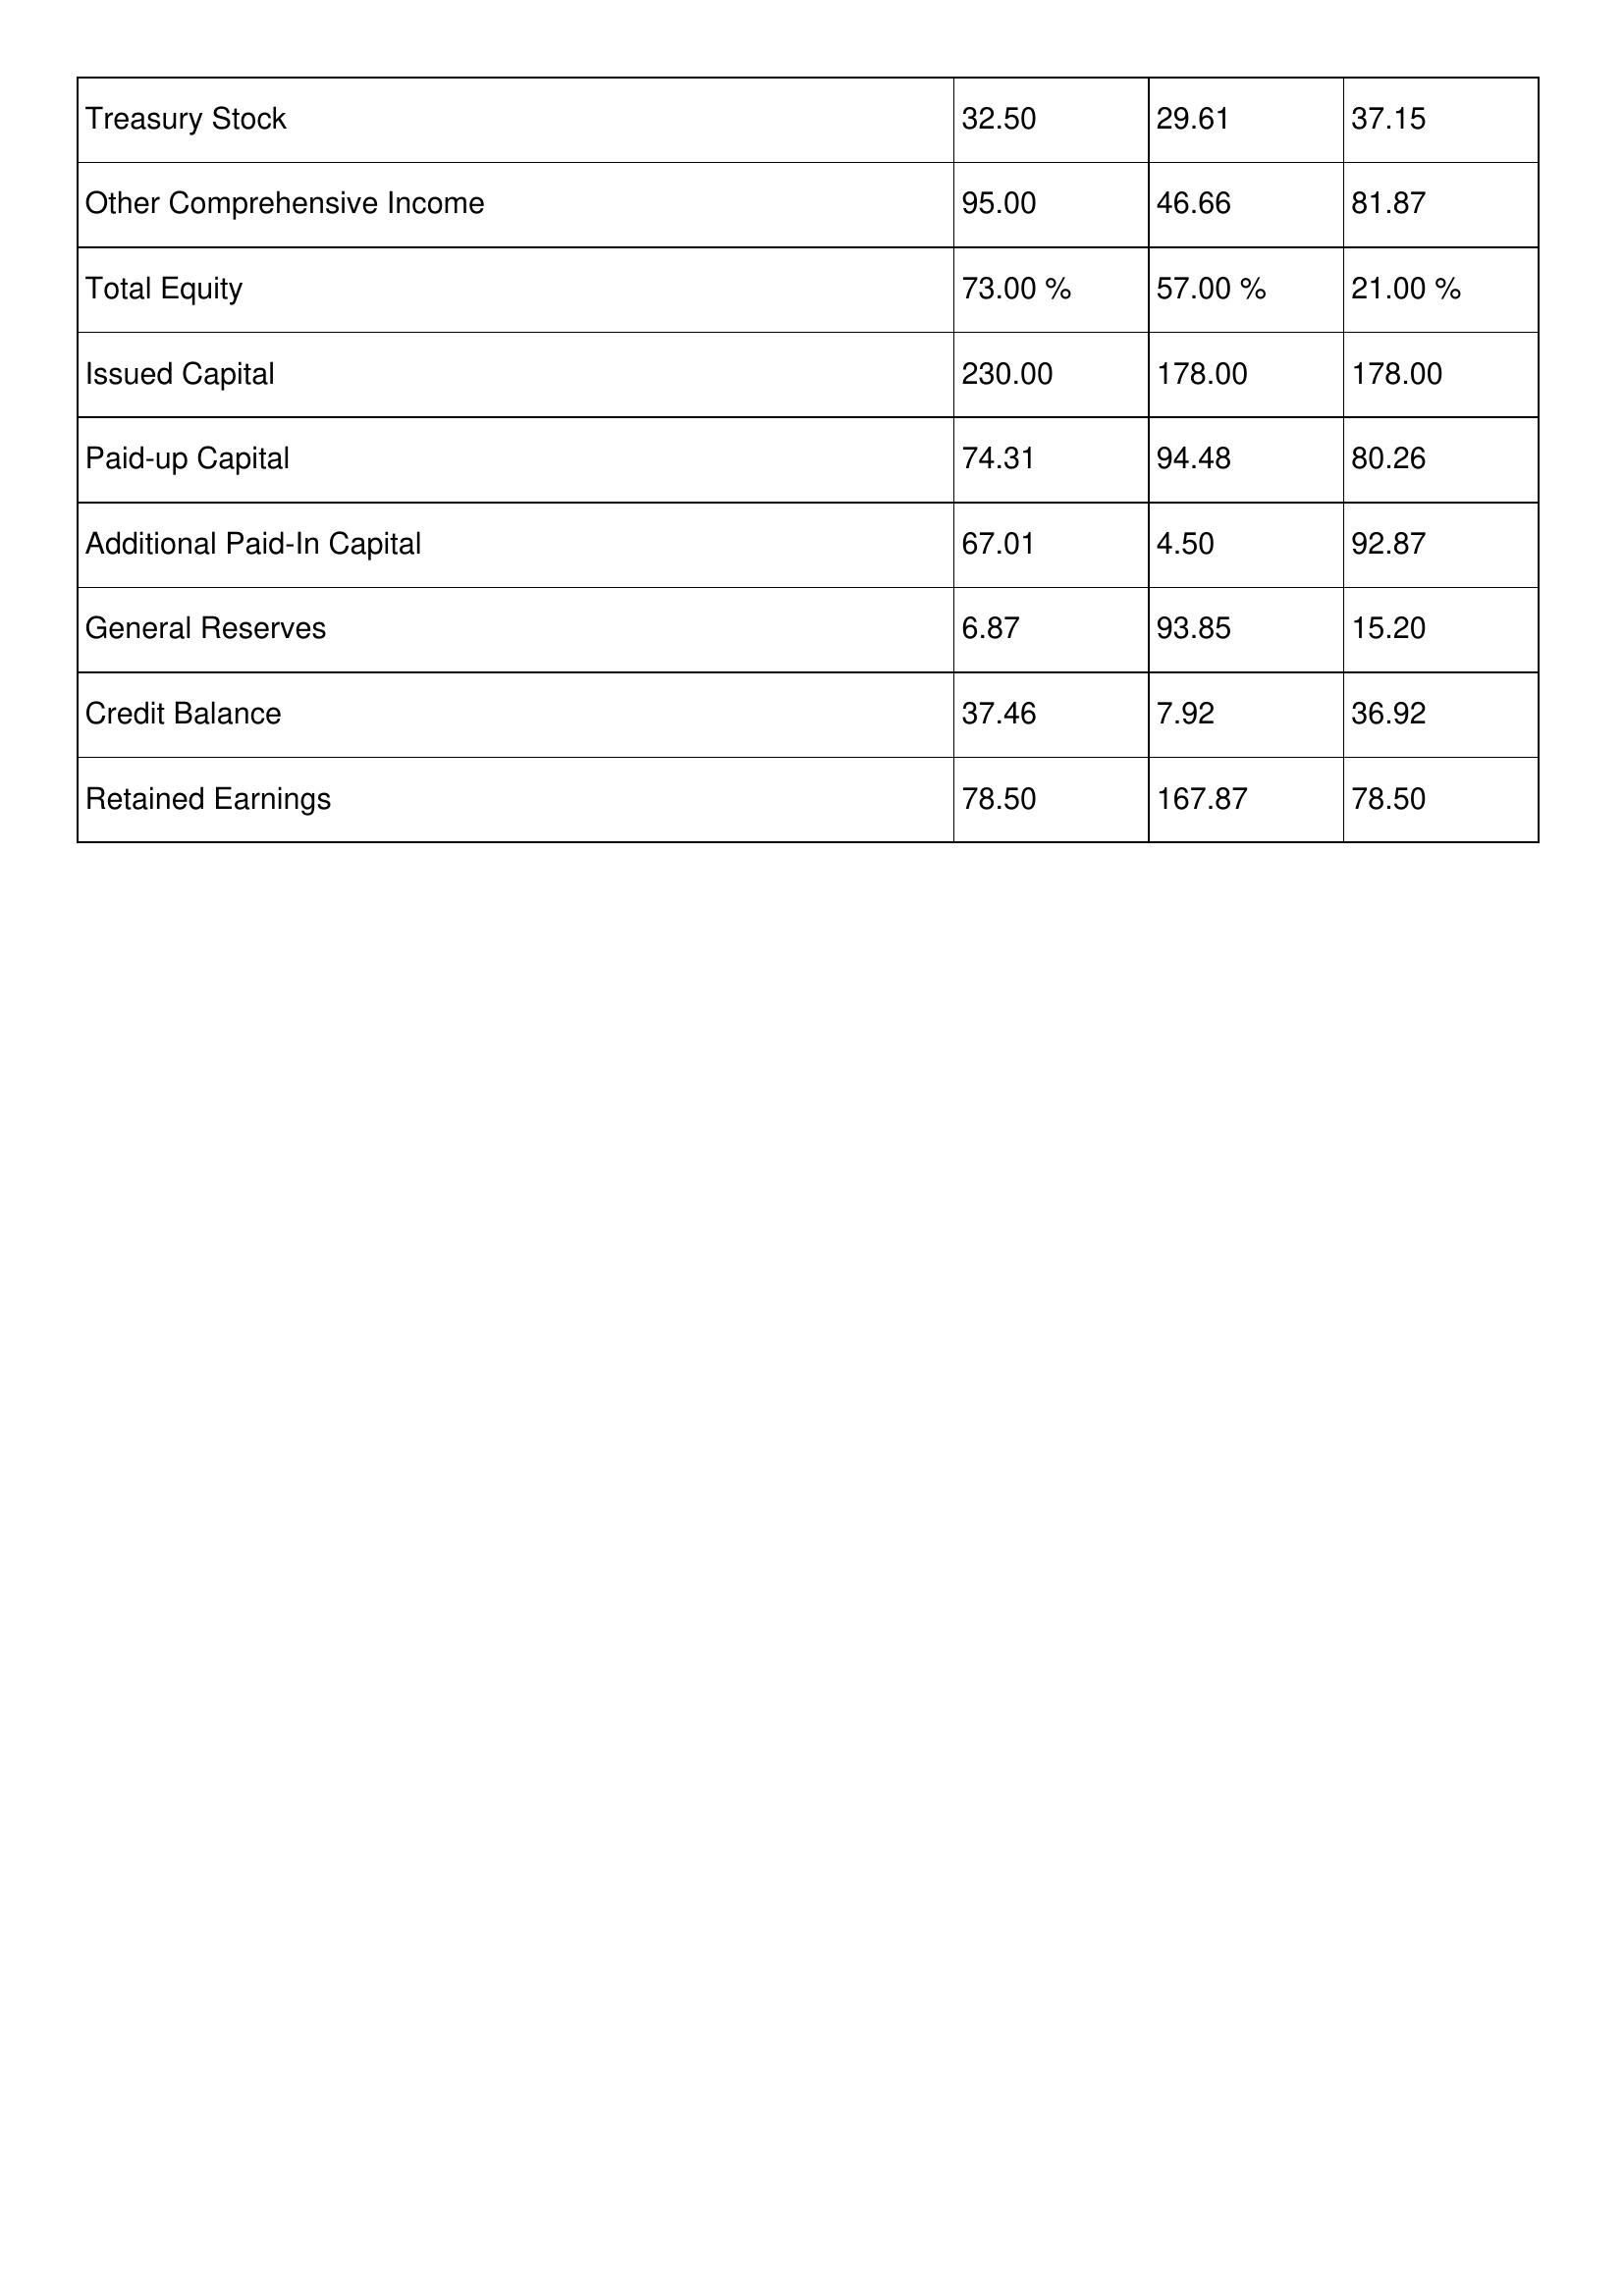
gt_parse: 2011: Treasury Stock: 32.50
Other Comprehensive Income: 95.00
Total Equity: 73.00 %
Issued Capital: 230.00
Paid-up Capital: 74.31
Additional Paid-In Capital: 67.01
General Reserves: 6.87
Credit Balance: 37.46
Retained Earnings: 78.50
2010: Treasury Stock: 29.61
Other Comprehensive Income: 46.66
Total Equity: 57.00 %
Issued Capital: 178.00
Paid-up Capital: 94.48
Additional Paid-In Capital: 4.50
General Reserves: 93.85
Credit Balance: 7.92
Retained Earnings: 167.87
2009: Treasury Stock: 37.15
Other Comprehensive Income: 81.87
Total Equity: 21.00 %
Issued Capital: 178.00
Paid-up Capital: 80.26
Additional Paid-In Capital: 92.87
General Reserves: 15.20
Credit Balance: 36.92
Retained Earnings: 78.50